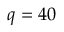
q = 4 0